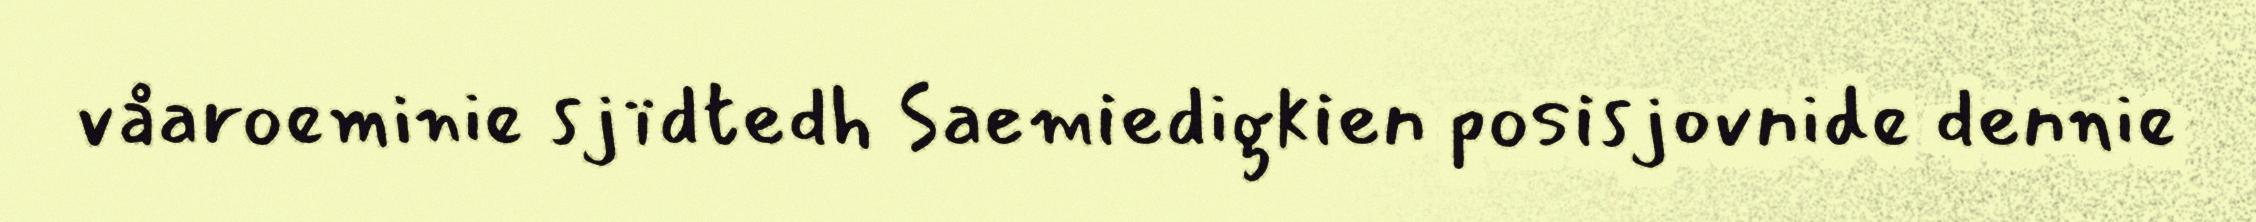
våaroeminie sjïdtedh Saemiedigkien posisjovnide dennie